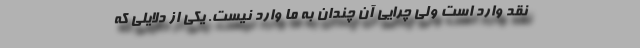
نقد وارد است ولی چرایی آن چندان به ما وارد نیست. یکی از دلایلی که